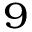
^ { 9 }